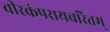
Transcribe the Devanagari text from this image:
वीरकंपरायचरितम्